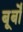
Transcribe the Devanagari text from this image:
बूर्बों